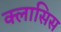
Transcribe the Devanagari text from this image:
क्लासिस